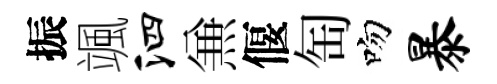
振颯泗𠔥偃匋吻暴